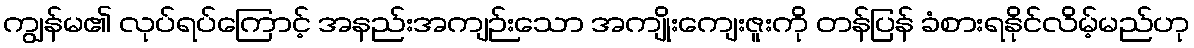
ကျွန်မ၏ လုပ်ရပ်ကြောင့် အနည်းအကျဉ်းသော အကျိုးကျေးဇူးကို တန်ပြန် ခံစားရနိုင်လိမ့်မည်ဟု